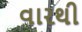
વારથી